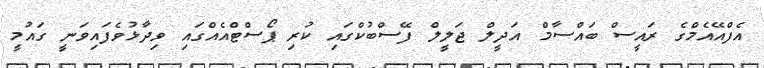
އެފްއޭއެމްގެ ރައީސް ބައްސާމް އަދީލް ޖަލީލް ފޭސްބުކްގައި ކުރި ޕޯސްޓްއެއްގައި ވިދާޅުވެފައިވަނީ ގައުމީ